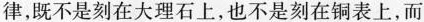
律，既不是刻在大理石上，也不是刻在铜表上，而